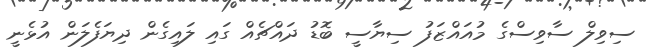
ސިވިލް ސާވިސްގެ މުއައްޒަފު ސިޔާސީ ބޮޑު ދައްޗެއް ގައި ލައިގެން ދިޔަފެލަން އުޅެނީ